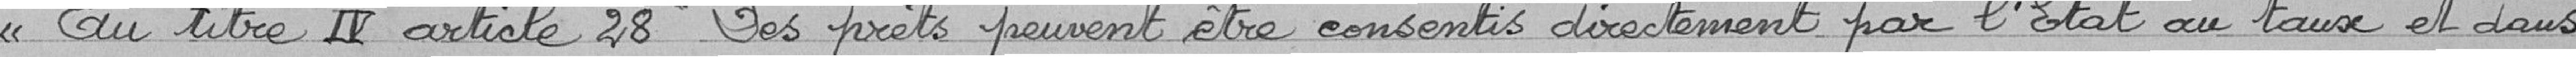
"Au titre IV article 28 "Des prêts peuvent être consentis directement par l’État, aux taux et dans